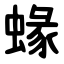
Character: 蝝